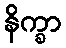
နိက္ခာ